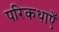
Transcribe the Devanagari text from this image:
परिकथाएँ